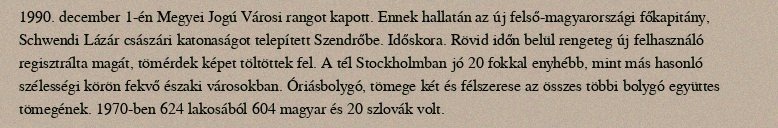
1990. december 1-én Megyei Jogú Városi rangot kapott. Ennek hallatán az új felső-magyarországi főkapitány, Schwendi Lázár császári katonaságot telepített Szendrőbe. Időskora. Rövid időn belül rengeteg új felhasználó regisztrálta magát, tömérdek képet töltöttek fel. A tél Stockholmban jó 20 fokkal enyhébb, mint más hasonló szélességi körön fekvő északi városokban. Óriásbolygó, tömege két és félszerese az összes többi bolygó együttes tömegének. 1970-ben 624 lakosából 604 magyar és 20 szlovák volt.